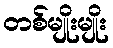
တစ်မျိုးမျိုး